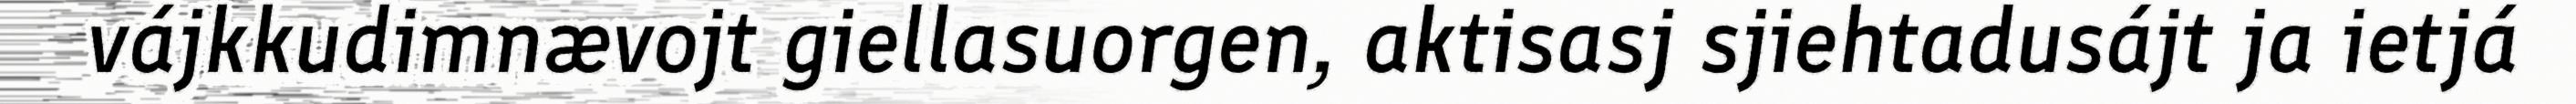
vájkkudimnævojt giellasuorgen, aktisasj sjiehtadusájt ja ietjá